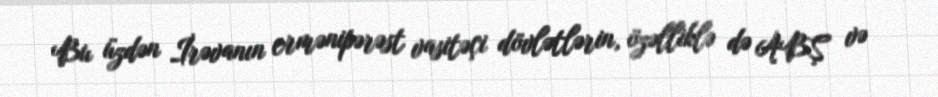
Bu üzdən İrəvanın ermənipərəst vasitəçi dövlətlərin, özəlliklə də ABŞ və